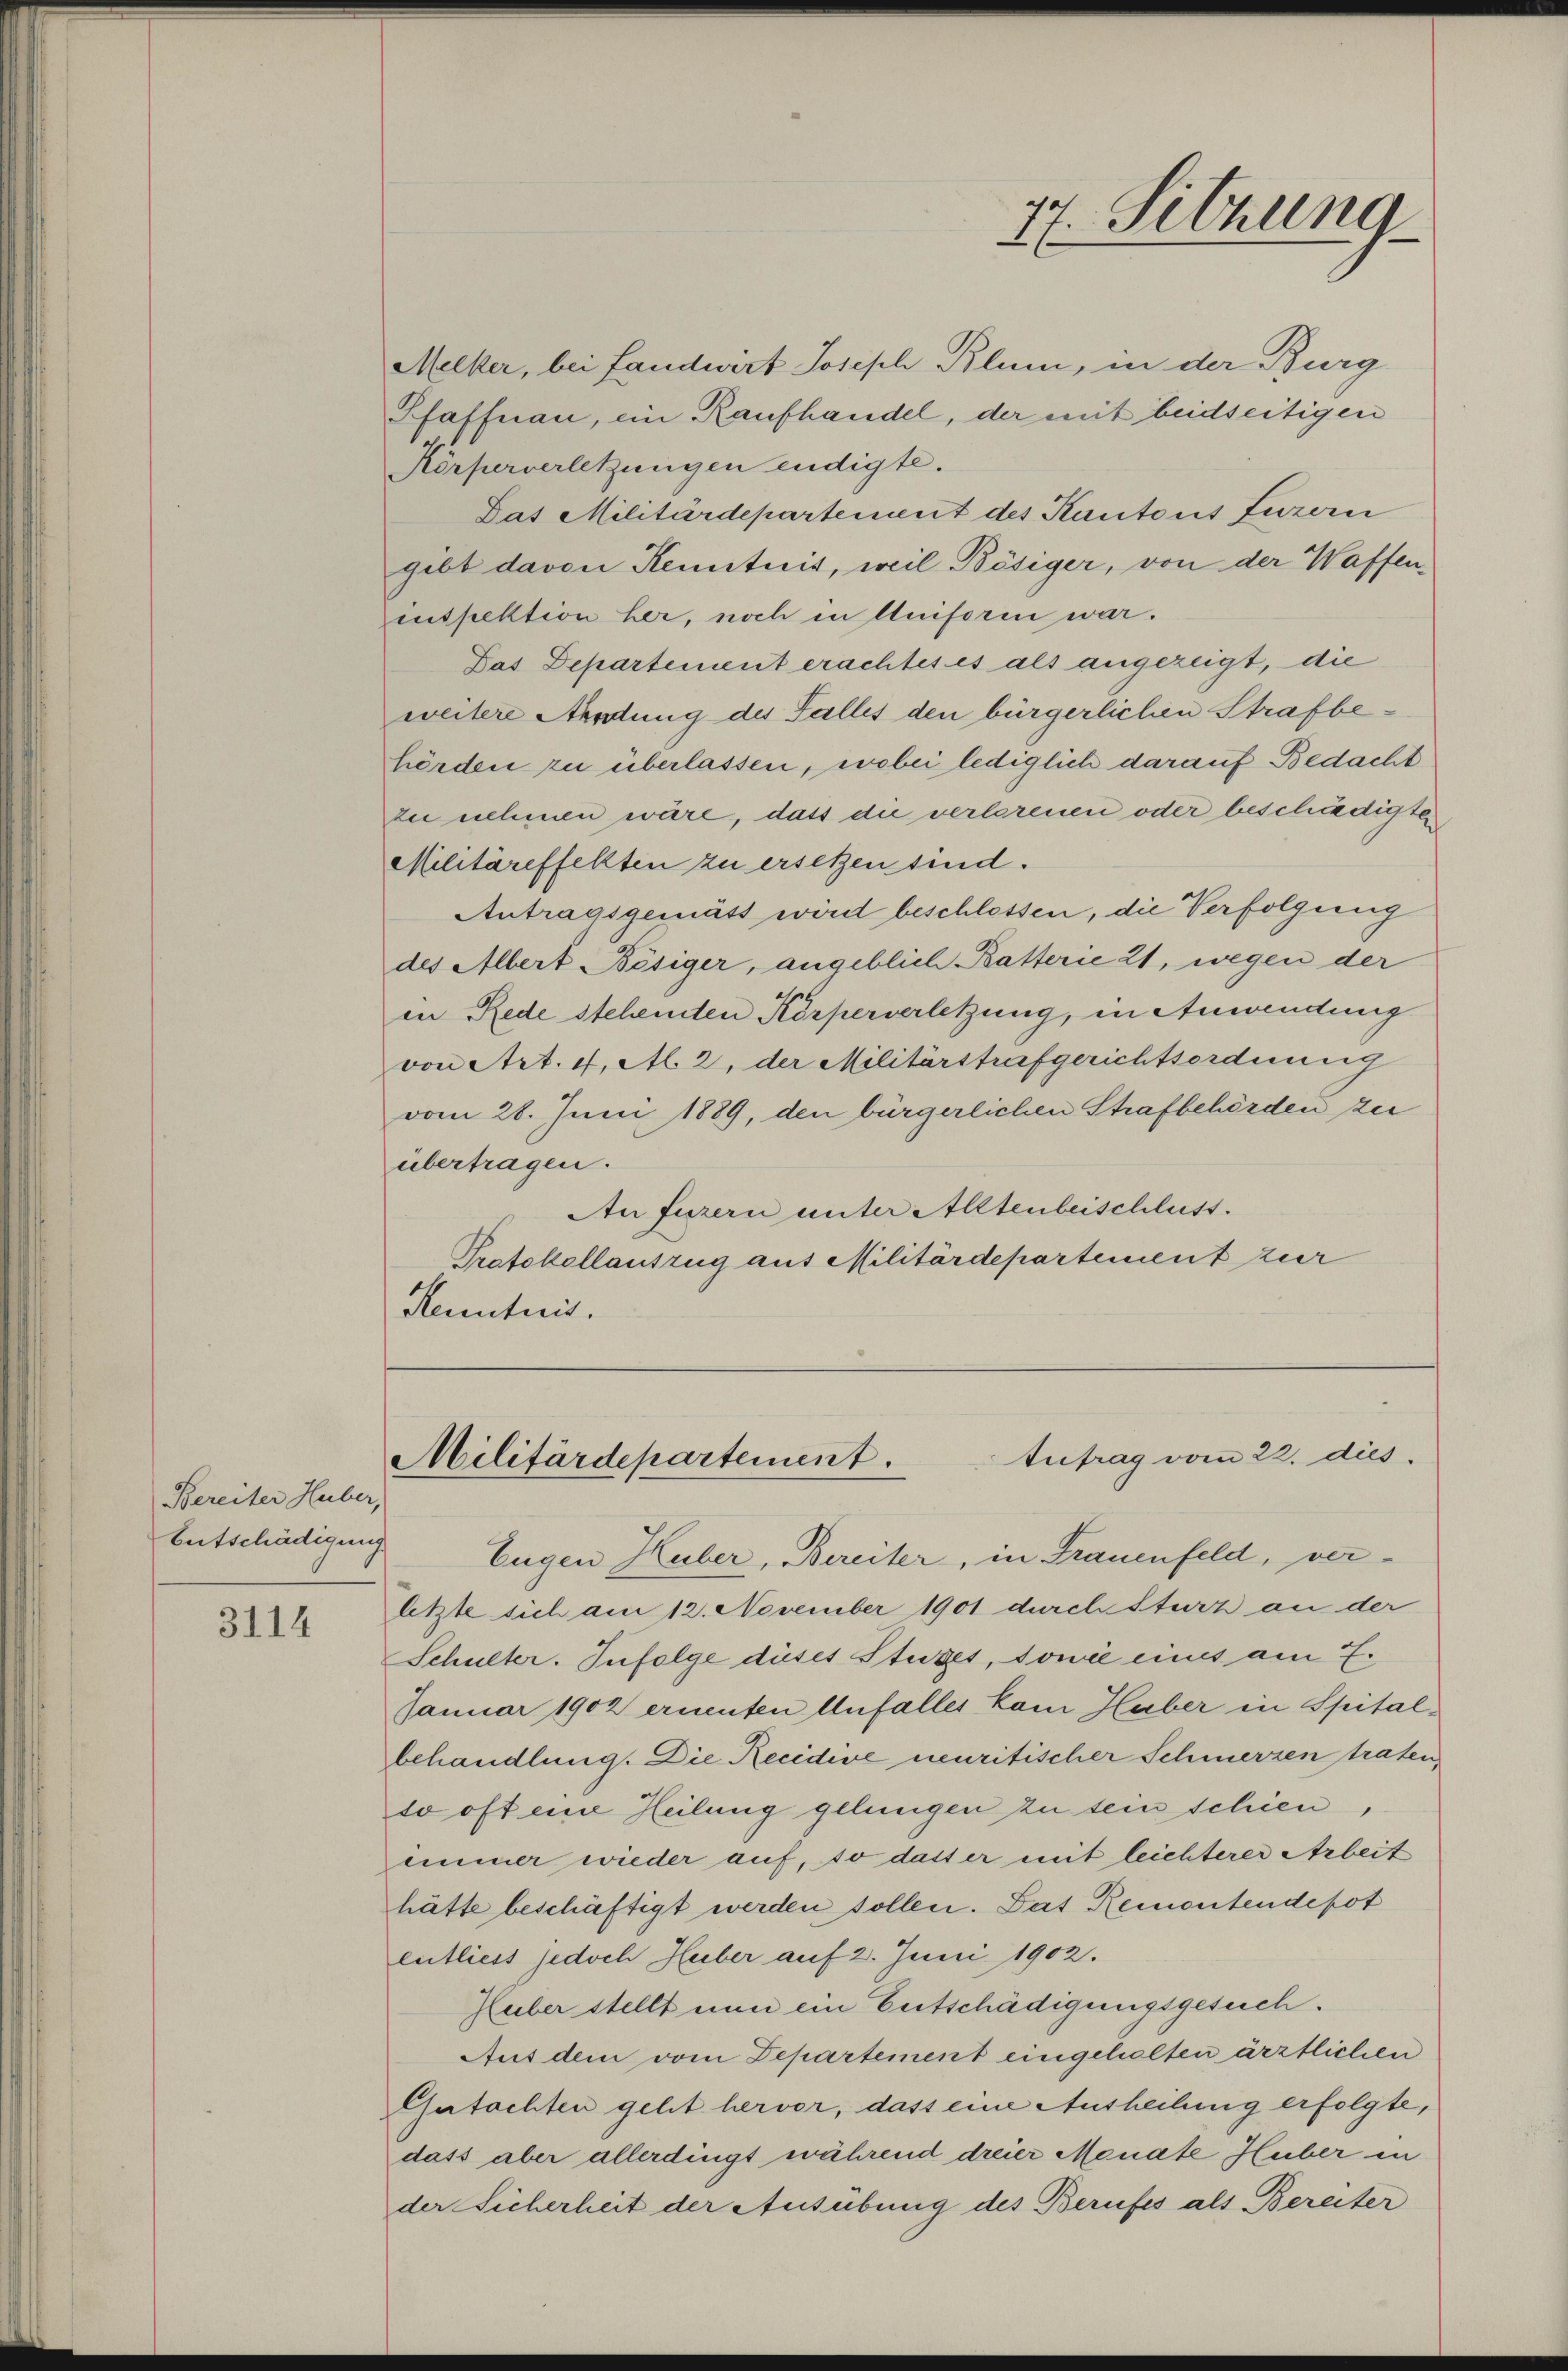
Bereiter Huber,
Entschädigung

3114

Mecker, bei fandwirt Josisch Blum, in der Burg
Pfaffnau, ein Raufhandel, der mit beidseitigen
Körperverletzungen endigte.
Das Militärdepartement des Kantons Luzern
gibt davon Kenntnit, weil Bösiger, von der Waffenenspektion her, noch in Uniforen war.
Das Departement erachtes es als angezeigt, die
weitere Aendung des Falles den bürgerlichen Strafbehörden zu überlassen, wobei lediglich darauf Bedacht
zu nehmen wäre, dass die verlorenen oder beschädigter
Militäreffekten zu ersetzen sind.
Antragsgemäss wird beschlossen, die Verfolgung
des Albert Bösiger, angeblich Batterie 21, wegen der
in Rede stehenden Körperverletzung, in Anwendung
von Art. 4, Al. 2, der Militärstrafgerichtsordnung
vom 28. Juni 1889, den bürgerlichen Strafbehörden zu
übertragen.
An fuzern unter Alltenbeischluss.
Protokollauszug aus Militärdepartement zur
Kenntnis.

77. Sitzung

tutrag vom 22. dies
Militärdepartement.

Eugen Huber, Bereiter, in Frauenfeld, verletzte sich am 12. November 1901 durch Sturz an der
Schulter. Infolge dises Stuzes, Tone eines am E.
Januar 1902 ernenten Unfalles kam Huber in Spitalbehandlung. Die Recidive neuritischer Schmerzen traten,
so oft eine Heilung gelungen zu sein schien,
immer wieder auf, so dass er mit leichterer Arbeit
hätte beschäftigt werden sollen. Das Remontendepot
entliess jedoch Huber auf 2. Juni 1902.
Huber stellt nun ein Entschädigungsgesuch.
Aus dem vom Departement eingeholten ärztlichen
Gutachten geht hervor, dass eine Ausheilung erfolgte,
dass aber allerdingt während dreier Monate Huber in
der Sicherheit der Ausübung des Berufes als Bereiter